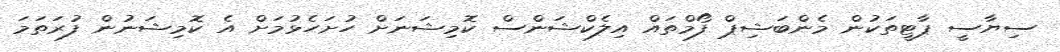
ސިޔާސީ ޕާޓީތަކުން މެންބަޝިޕް ފޯމްތައް އިލެކްޝަންސް ކޮމިޝަނަށް ހުށަހެޅުމަށް އެ ކޮމިޝަނުން ފުރަތަމަ